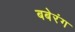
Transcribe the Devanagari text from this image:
बबेरंग